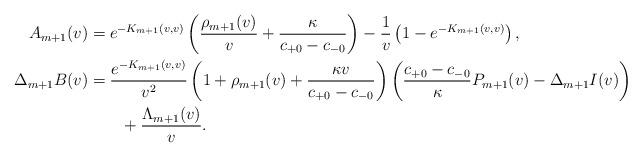
LaTeX: \begin{align*} A_{m+1}(v)&=e^{-K_{m+1}(v,v)}\left(\frac{\rho_{m+1}(v)}{v}+\frac{\kappa}{c_{+0}-c_{-0}}\right)-\frac{1}{v}\left(1-e^{-K_{m+1}(v,v)}\right),\\ \Delta_{m+1}B(v)&=\frac{e^{-K_{m+1}(v,v)}}{v^2}\left(1+\rho_{m+1}(v)+\frac{\kappa v}{c_{+0}-c_{-0}}\right)\left(\frac{c_{+0}-c_{-0}}{\kappa}P_{m+1}(v)-\Delta_{m+1}I(v)\right)\\&\qquad+\frac{\Lambda_{m+1}(v)}{v}.\end{align*}